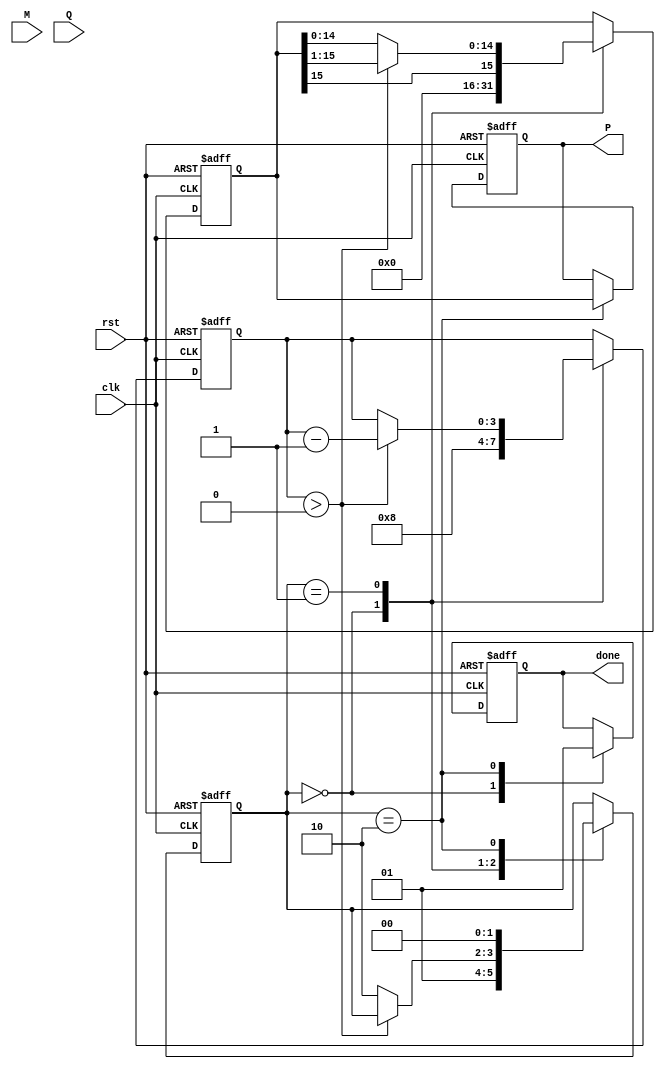
module booth_multiplier #(
    parameter WIDTH = 8 // Bit-width of the inputs
)(
    input wire clk,
    input wire rst,
    input wire [WIDTH-1:0] M, // Multiplicand
    input wire [WIDTH-1:0] Q, // Multiplier
    output reg [2*WIDTH-1:0] P, // Product
    output reg done // Completion flag
);

    reg [WIDTH-1:0] Q_reg; // Multiplier register
    reg [WIDTH-1:0] M_reg; // Multiplicand register
    reg [WIDTH-1:0] Q_minus1; // Q(-1) register
    reg [2*WIDTH-1:0] P_acc; // Accumulator for the product
    reg [3:0] count; // Counter for iterations
    reg [1:0] state; // State register for FSM

    localparam IDLE = 2'b00,
               RUN = 2'b01,
               DONE = 2'b10;

    // Initial setup
    always @(posedge clk or posedge rst) begin
        if (rst) begin
            P <= 0;
            Q_reg <= 0;
            M_reg <= 0;
            Q_minus1 <= 0;
            P_acc <= 0;
            count <= 0;
            state <= IDLE;
            done <= 0;
        end else begin
            case (state)
                IDLE: begin
                    // Load registers and initialize
                    Q_reg <= Q;
                    M_reg <= M;
                    Q_minus1 <= 0; // Initialize Q(-1)
                    P_acc <= 0; // Clear product
                    count <= WIDTH; // Number of bits to process
                    state <= RUN;
                    done <= 0;
                end

                RUN: begin
                    if (count > 0) begin
                        // Booth's algorithm
                        case ({Q_reg[0], Q_minus1})
                            2'b01: begin
                                // Add M to P
                                P_acc <= P_acc + {M_reg, {WIDTH{1'b0}}}; // Shift M left
                            end
                            2'b10: begin
                                // Subtract M from P
                                P_acc <= P_acc - {M_reg, {WIDTH{1'b0}}}; // Shift M left
                            end
                            2'b00: begin
                                // Do nothing
                            end
                            2'b11: begin
                                // Do nothing
                            end
                        endcase

                        // Shift right: P_acc and Q_reg
                        P_acc <= {P_acc[2*WIDTH-1], P_acc[2*WIDTH-1:1]}; // Shift P_acc
                        Q_minus1 <= Q_reg[0]; // Update Q(-1)
                        Q_reg <= {P_acc[0], Q_reg[WIDTH-1:1]}; // Shift Q_reg with LSB from P_acc

                        count <= count - 1; // Decrement count
                    end else begin
                        state <= DONE; // Move to DONE state after iterations
                    end
                end

                DONE: begin
                    P <= P_acc; // Assign final product
                    done <= 1; // Set done flag
                    state <= IDLE; // Reset to IDLE for next multiplication
                end
            endcase
        end
    end
endmodule